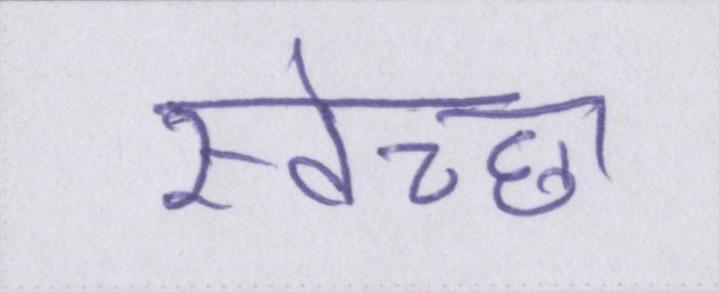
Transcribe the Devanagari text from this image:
स्वेच्छा